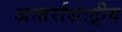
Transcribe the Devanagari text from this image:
अन्तर्राशःट्रीय